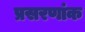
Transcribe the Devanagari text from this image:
प्रसरणांक